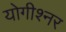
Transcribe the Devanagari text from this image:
योगीश्नर